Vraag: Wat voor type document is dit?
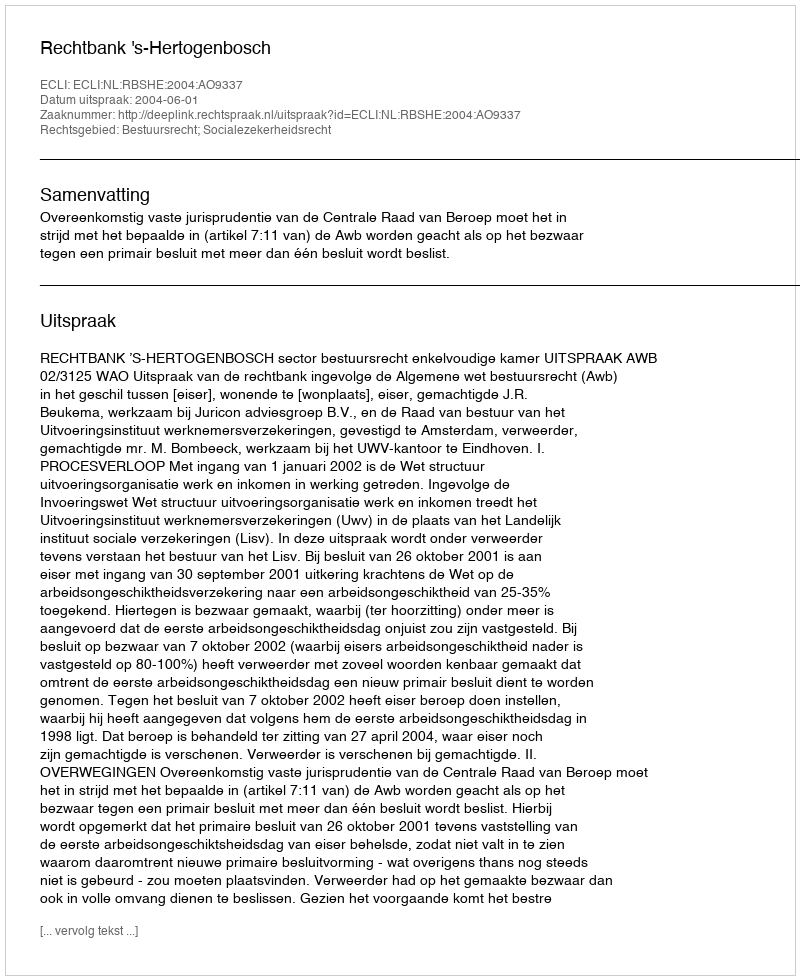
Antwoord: Uitspraak